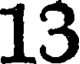
13